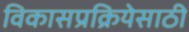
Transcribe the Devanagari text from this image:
विकासप्रक्रियेसाठी